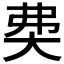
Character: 𡘉